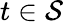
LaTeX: t\in\mathcal{S}